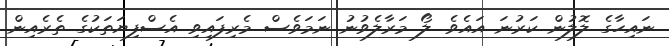
ނައިހާގެ ލޮލުން ކަރުނަ އައެވެ. ލޯ މަރާލެވުނު ނަމަވެސް މެރިފައިވި އެސްފިޔަތަކުގެ ތެރެއިން